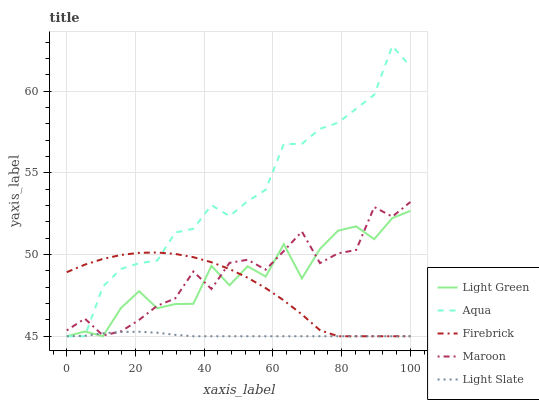
| xaxis_label | Light Green | Aqua | Firebrick | Maroon | Light Slate |
 | --- | --- | --- | --- | --- | --- |
 | 0 | 45 | 45 | 48.9 | 45.4 | 45 |
 | 5.26 | 45.3 | 45 | 49.4 | 46.1 | 45 |
 | 10.5 | 45 | 48 | 49.7 | 45 | 45.2 |
 | 15.8 | 46.7 | 49.1 | 50 | 45.3 | 45.3 |
 | 21.1 | 47.8 | 49.5 | 50.1 | 46 | 45.3 |
 | 26.3 | 46.7 | 49.6 | 50.1 | 46.9 | 45.2 |
 | 31.6 | 47 | 51.3 | 50 | 47.3 | 45.1 |
 | 36.8 | 47 | 51.6 | 49.8 | 49 | 45 |
 | 42.1 | 49.3 | 53 | 49.5 | 47.9 | 45 |
 | 47.4 | 48.1 | 52.4 | 49.1 | 49.5 | 45 |
 | 52.6 | 49.3 | 53.3 | 48.6 | 49.7 | 45 |
 | 57.9 | 48.7 | 54 | 47.9 | 49.1 | 45 |
 | 63.2 | 50.6 | 56.8 | 47.2 | 50.2 | 45 |
 | 68.4 | 48.5 | 56.8 | 46.3 | 51.4 | 45 |
 | 73.7 | 50.3 | 57.7 | 45.4 | 49.5 | 45 |
 | 78.9 | 51.5 | 58.1 | 45 | 50.1 | 45 |
 | 84.2 | 51.7 | 58.9 | 45 | 50.3 | 45 |
 | 89.5 | 50.9 | 59.8 | 45 | 52.9 | 45 |
 | 94.7 | 52.2 | 62.8 | 45 | 52.3 | 45 |
 | 100 | 52.7 | 61.5 | 45 | 53.2 | 45 |